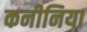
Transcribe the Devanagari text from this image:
कनीनिया